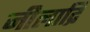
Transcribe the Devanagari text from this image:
नीलाद्रि